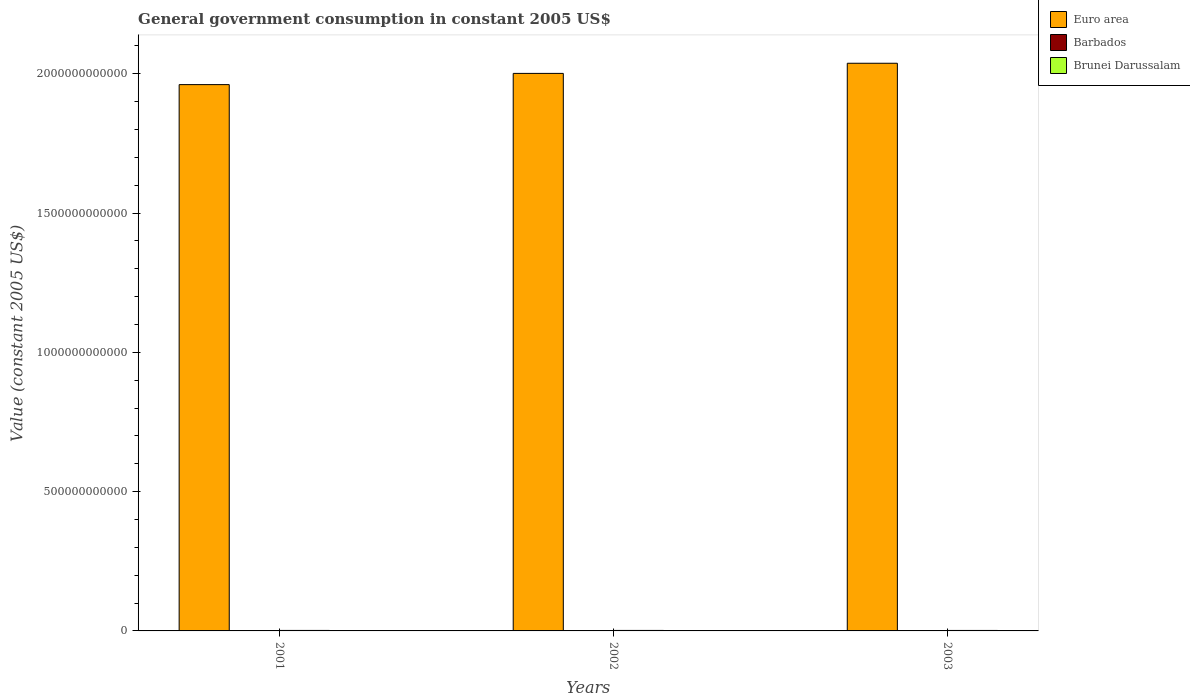
| Years | Euro area | Barbados | Brunei Darussalam |
 | --- | --- | --- | --- |
 | 2001 | 1.96e+12 | 4.63e+08 | 1.78e+09 |
 | 2002 | 2e+12 | 4.97e+08 | 1.75e+09 |
 | 2003 | 2.04e+12 | 6.67e+08 | 1.7e+09 |